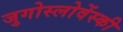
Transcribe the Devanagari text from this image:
जुगोस्लोवेंस्की